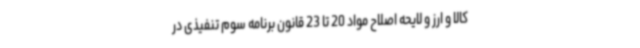
کالا و ارز و لایحه اصلاح مواد 20 تا 23 قانون برنامه سوم تنفیذی در